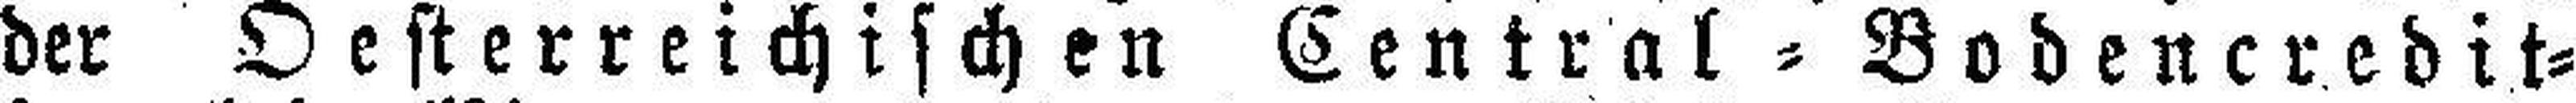
der Oesterreichischen Central=Bodencredit¬